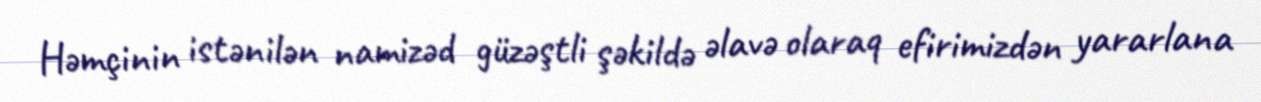
Həmçinin istənilən namizəd güzəştli şəkildə əlavə olaraq efirimizdən yararlana